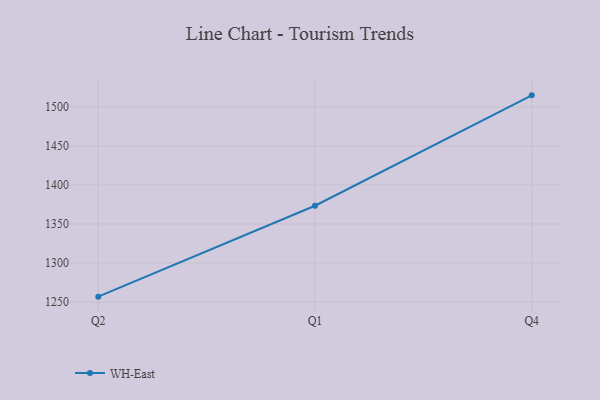
{"axis": {"x": "Quarter", "y": "Market Share (%)"}, "legend": ["WH-East"], "data": [{"x": "Q2", "y": 1256.9, "type": "WH-East"}, {"x": "Q1", "y": 1373.4, "type": "WH-East"}, {"x": "Q4", "y": 1514.8, "type": "WH-East"}]}